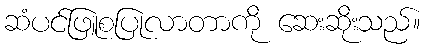
ဆံပင်ဖြူစပြုလာတာကို ဆေးဆိုးသည်။